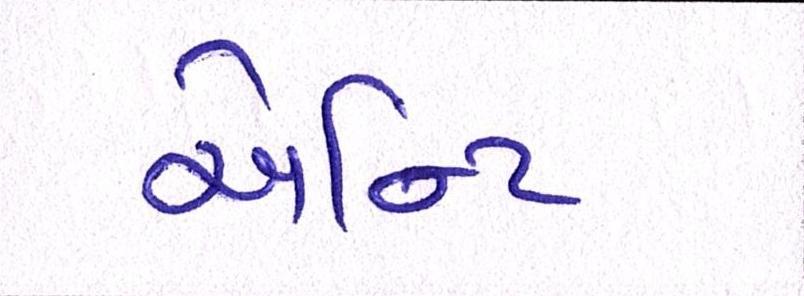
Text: એન્ટિ